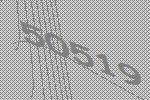
50519